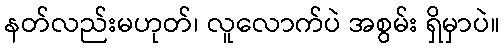
နတ်လည်းမဟုတ်၊ လူလောက်ပဲ အစွမ်း ရှိမှာပဲ။